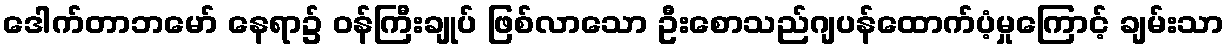
ဒေါက်တာဘမော် နေရာ၌ ဝန်ကြီးချုပ် ဖြစ်လာသော ဦးစောသည်ဂျပန်ထောက်ပံ့မှုကြောင့် ချမ်းသာ